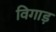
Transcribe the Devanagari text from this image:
विगाड़